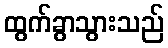
ထွက်ခွာသွားသည်